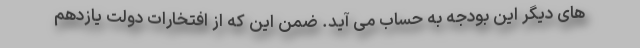
های دیگر این بودجه به حساب می آید. ضمن این که از افتخارات دولت یازدهم